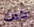
كنت